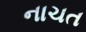
નાચત